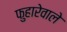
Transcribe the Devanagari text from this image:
फुहारेवाले